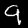
Digit: 9